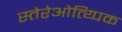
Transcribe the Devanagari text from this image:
स्तेरेओत्य्पिक